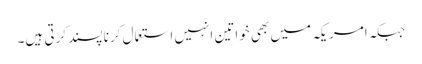
جبکہ امریکہ میں بھی خواتین انہیں استعمال کرنا پسند کرتی ہیں۔